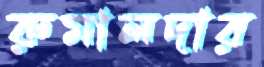
রুমালদার